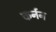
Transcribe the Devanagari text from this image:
कर्नन